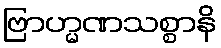
ဗြာဟ္မဏသစ္စာနိ